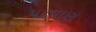
પટવાણ